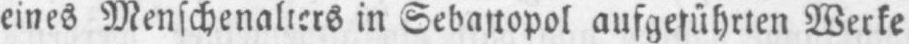
Werke